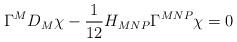
LaTeX: \begin{align*}\Gamma^MD_M\chi -\frac1{12}H_{MNP}\Gamma^{MNP}\chi=0\end{align*}